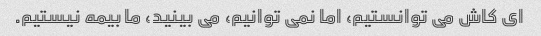
ای کاش می توانستیم، اما نمی توانیم، می بینید، ما بیمه نیستیم.